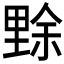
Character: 𱏏